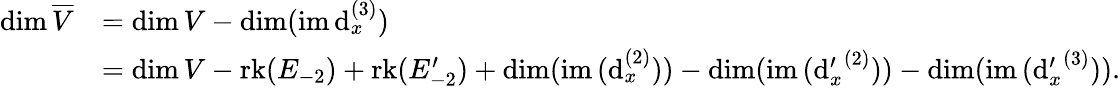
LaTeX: \begin{array}{rl}{\dim\overline{{V}}}&{=\dim V-\dim(\mathrm{im}\, \mathrm{d}_{x}^{(3)})}\\ &{=\dim V-\mathrm{rk}(E_{-2})+\mathrm{rk}(E_{-2}^{\prime})+\dim(\mathrm{im}\, (\mathrm{d}_{x}^{(2)}))-\dim(\mathrm{im}\, ({\mathrm{d}_{x}^{\prime}}^{(2)}))-\dim(\mathrm{im}\, ({\mathrm{d}_{x}^{\prime}}^{(3)})).}\end{array}